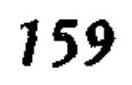
\(159\)